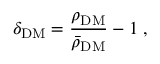
\delta _ { \mathrm { D M } } = \frac { \rho _ { \mathrm { D M } } } { \bar { \rho } _ { \mathrm { D M } } } - 1 \; ,